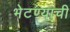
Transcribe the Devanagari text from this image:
भेटण्याची